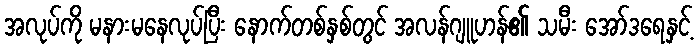
အလုပ်ကို မနားမနေလုပ်ပြီး နောက်တစ်နှစ်တွင် အလန်ဂျူဟန်၏ သမီး အော်ဒရေနှင့်